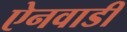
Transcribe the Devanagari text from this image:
ऐनवाडी